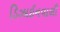
ડિઝાઈનવાળી